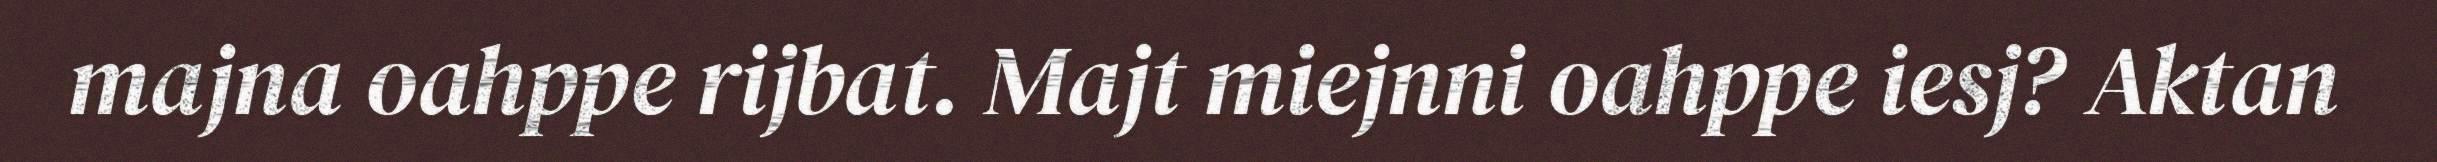
majna oahppe rijbat. Majt miejnni oahppe iesj? Aktan